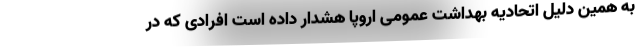
به همین دلیل اتحادیه بهداشت عمومی اروپا هشدار داده است افرادی که در